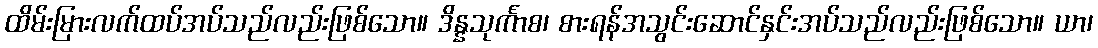
ထိမ်းမြားလက်ထပ်အပ်သည်လည်းဖြစ်သော။ ဒိန္နသုင်္ကာစ၊ စားရန်အသွင်းဆောင်နှင်းအပ်သည်လည်းဖြစ်သော။ ယာ၊